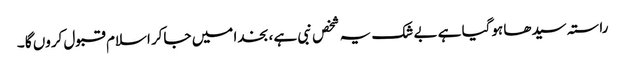
راستہ سیدھا ہوگیا ہے بے شک یہ شخص نبی ہے ، بخدا میں جاکر اسلام قبول کروں گا ۔